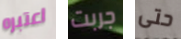
اعتبره جربت حتى